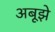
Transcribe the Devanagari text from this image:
अबूझे